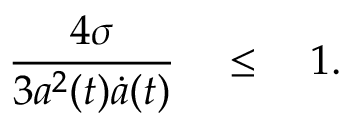
{ \frac { 4 \sigma } { 3 a ^ { 2 } ( t ) \dot { a } ( t ) } } \quad \le \quad 1 .